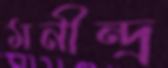
মনীন্দ্র